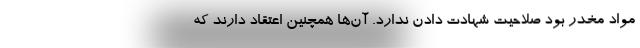
مواد مخدر بود صلاحیت شهادت دادن ندارد. آن‌ها همچنین اعتقاد دارند که